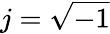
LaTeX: j=\sqrt{-1}